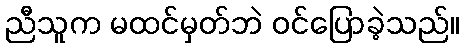
ညီသူက မထင်မှတ်ဘဲ ဝင်ပြောခဲ့သည်။